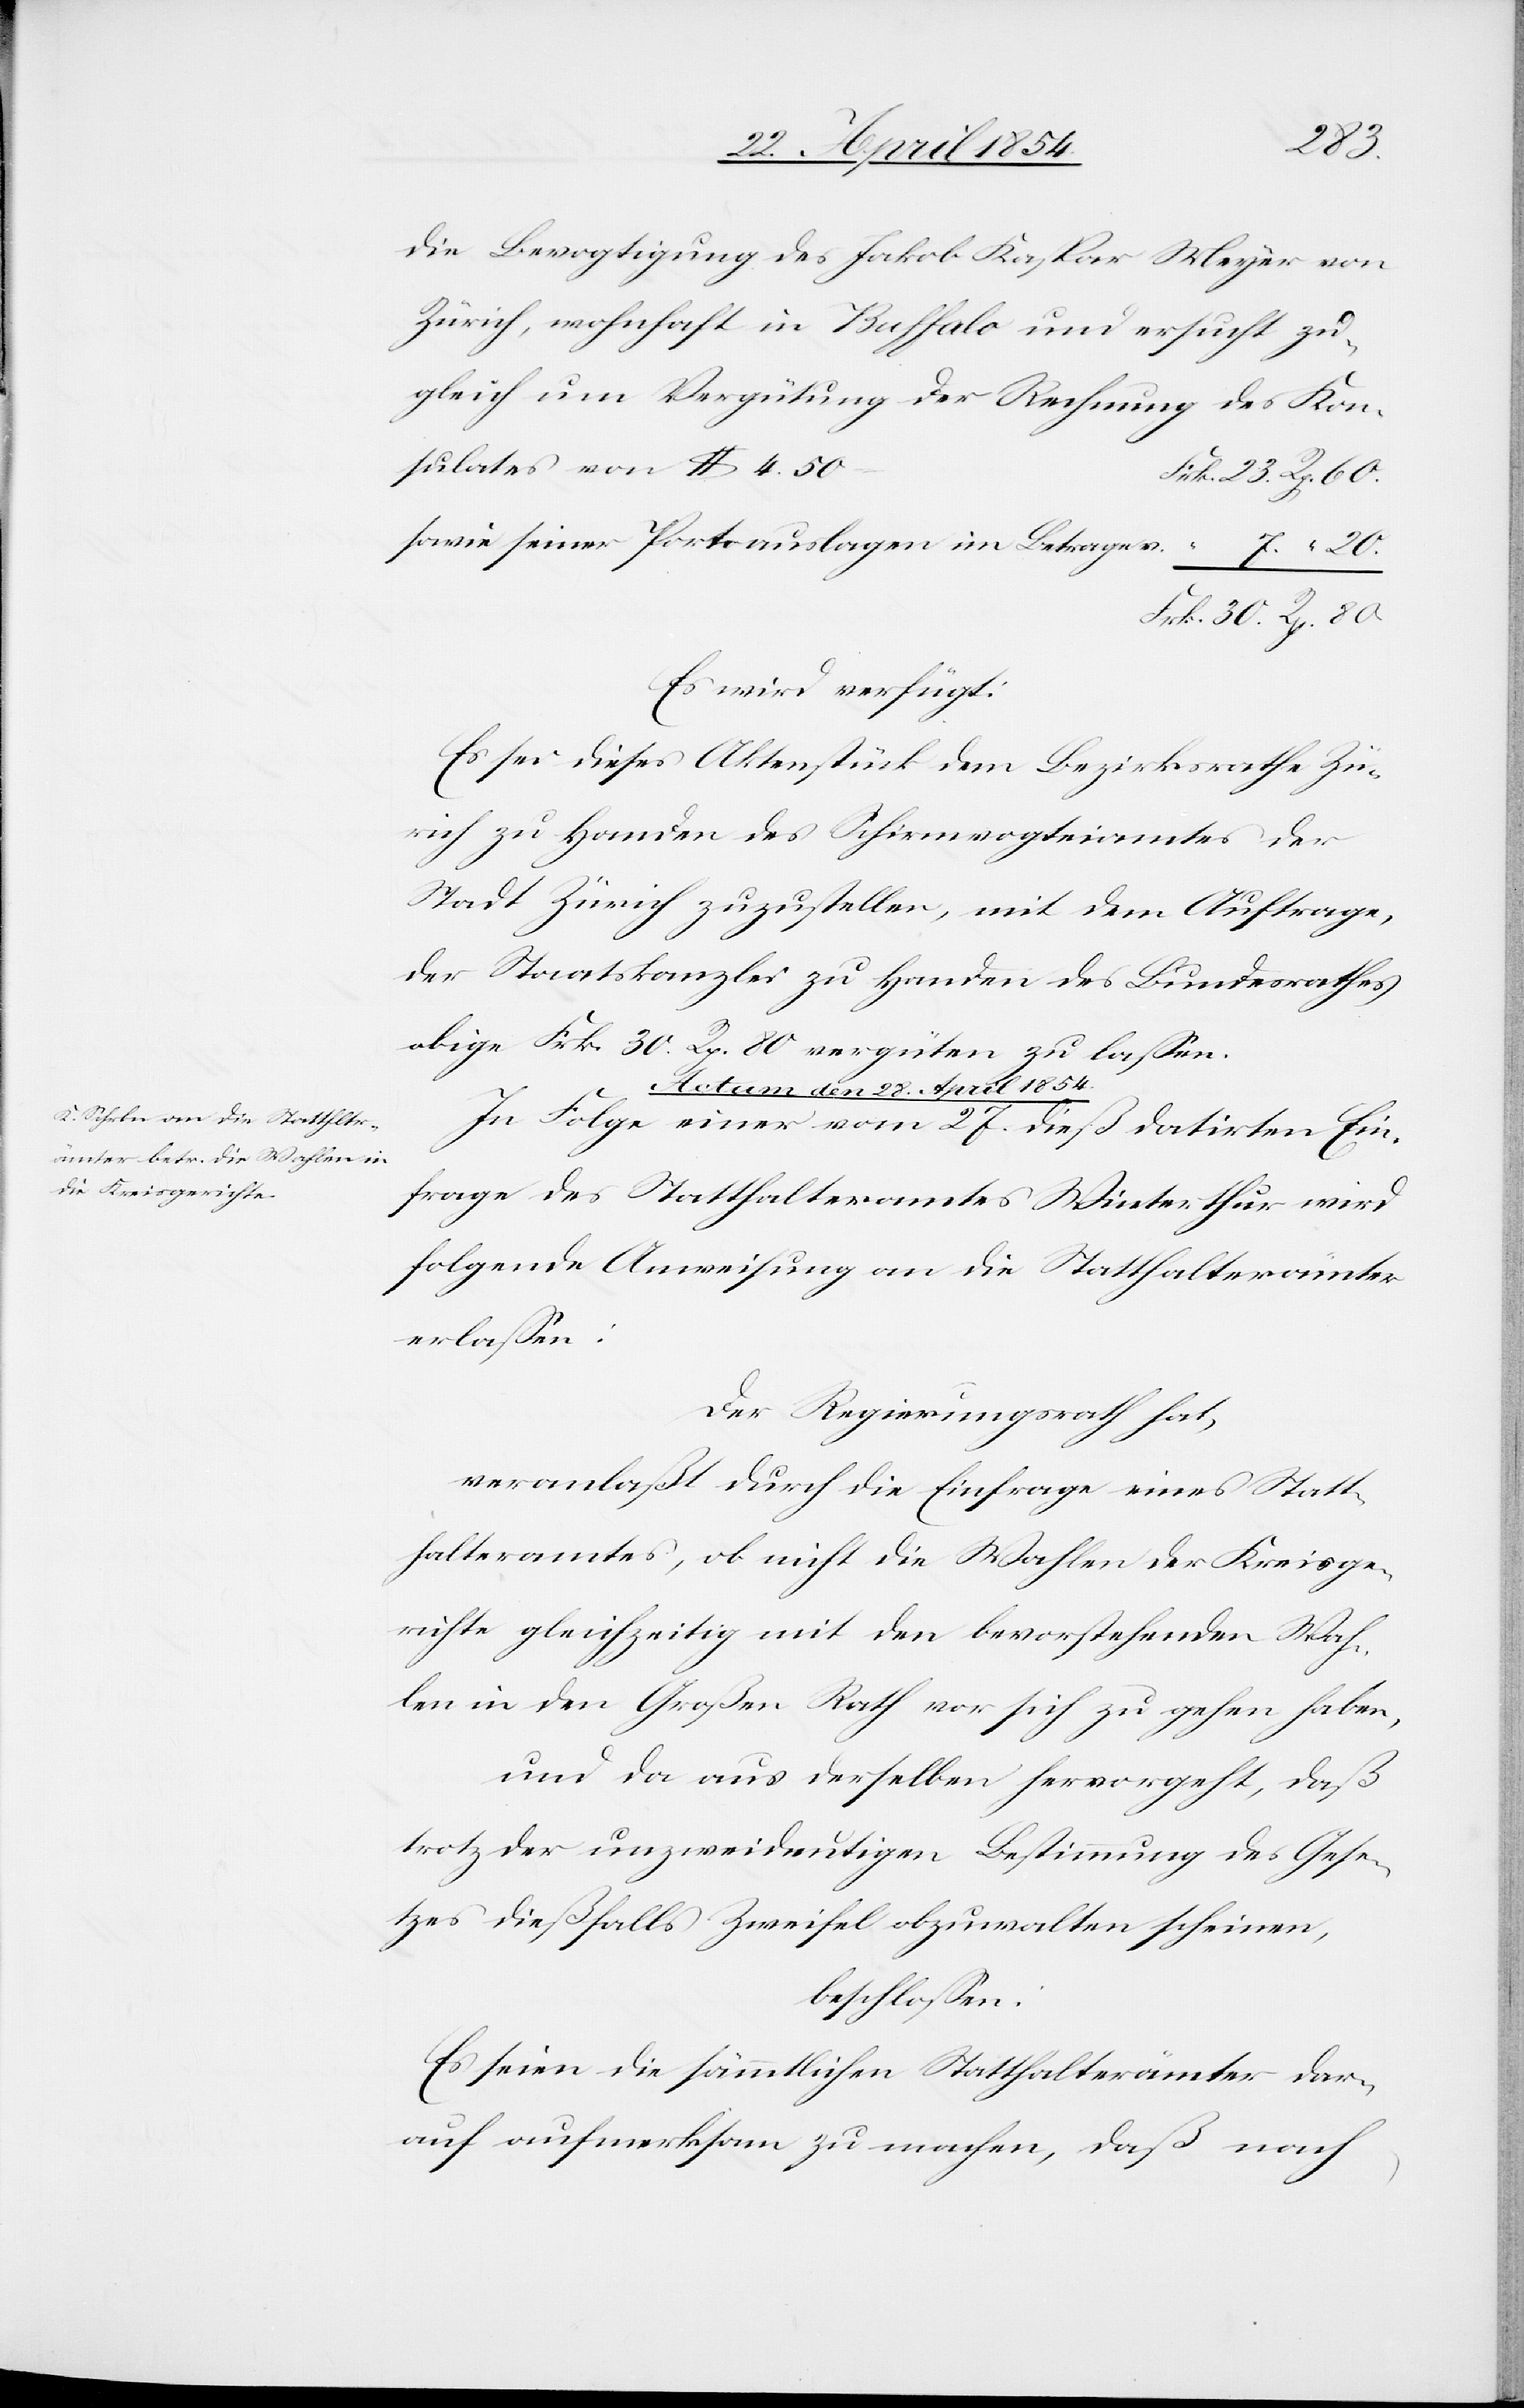
80.
die Bevogtigung des Jakob Kaspar [sic!] Meyer von
Zürich, wohnhaft in Buffalo und ersucht zu¬
gleich um Vergütung der Rechnung des Kons¬
sowie seiner Portoauslagen im Betrage v.
Es wird verfügt:
Es sei dieses Aktenstück dem Bezirksrathe Zü¬
rich zu Handen des Schirmvogteiamtes der
Stadt Zürich zuzustellen, mit dem Auftrage,
der Staatskanzlei zu Handen des Bundesrathes
obige Frk. 30 Rp. 80 vergüten zu laßen.
Actum den 28. April 1854.
In Folge einer vom 27. dieß datirten Ein¬
frage des Statthalteramtes Winterthur wird
folgende Anweisung an die Statthalterämter
erlaßen:
Der Regierungsrath hat,
veranlaßt durch die Einfrage eines Statt¬
halteramtes, ob nicht die Wahlen des Kreisge¬
richtes gleichzeitig mit den bevorstehenden Wah¬
len in den Großen Rath vor sich zu gehen haben,
und da aus derselben hervorgeht, daß
trotz der unzweideutigen Bestimmung des Gese¬
tzes dießfalls Zweifels obzuwalten scheinen,
beschloßen:
Es seien die sämmtlichen Statthalterämter dar¬
auf aufmerksam zu machen, daß nach